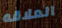
العلاقه